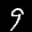
Label: 9